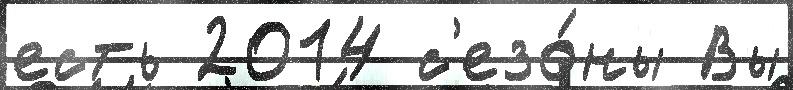
есть 2014 с'езо́ны Вы